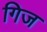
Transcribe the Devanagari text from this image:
गिज